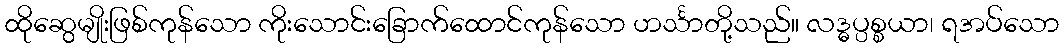
ထိုဆွေမျိုးဖြစ်ကုန်သော ကိုးသောင်းခြောက်ထောင်ကုန်သော ဟင်္သာတို့သည်။ လဒ္ဓပ္ပစ္စယာ၊ ရအပ်သော